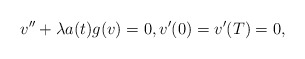
\begin{align*}v'' + \lambda a(t) g(v) = 0, v'(0) = v'(T) = 0,\end{align*}